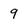
Character: 9